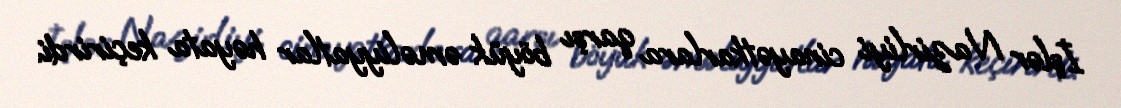
İşlər Nazirliyi cinayətkarlara qarşı böyük əməliyyatlar həyata keçirirdi.